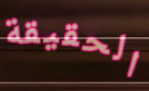
الحقيقة